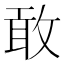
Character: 敢